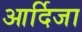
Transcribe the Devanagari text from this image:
आर्दिजा